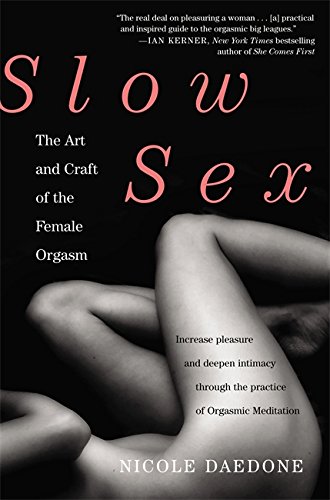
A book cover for Slow Sex: The Art and Craft of the Female Orgasm; Nicole Daedone; Health, Fitness & Dieting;